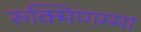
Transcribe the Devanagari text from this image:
रुक्मिणम्मा